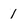
Character: I